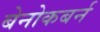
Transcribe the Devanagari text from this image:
बेनोकबर्न